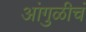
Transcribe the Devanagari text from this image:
आंगुळीचं